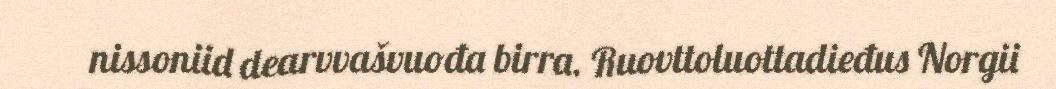
nissoniid dearvvašvuođa birra. Ruovttoluottadieđus Norgii